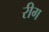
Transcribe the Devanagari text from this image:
रीग